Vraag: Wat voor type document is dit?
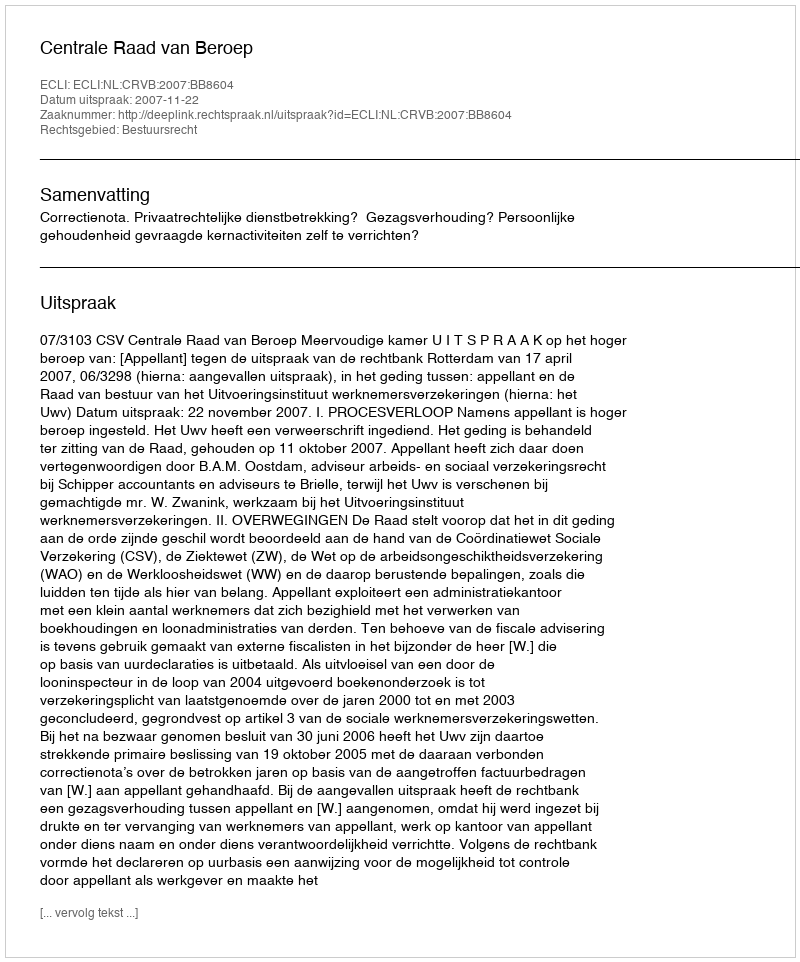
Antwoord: Uitspraak